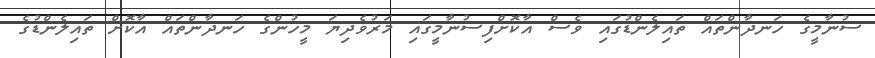
ސުނާމީގެ ހަނދާންތައް ތައިލެންޑުގައި ވެސް އާކޮށްފިސުނާމީގައި މަރުވެދިޔަ މީހުންގެ ހަނދާންތައް އާކޮށް ތައިލެންޑުގެ